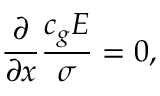
\frac { \partial } { \partial x } \frac { c _ { g } E } { \sigma } = 0 ,